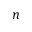
n